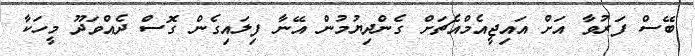
ބޭސް ފަރުވާ އަށް އައިޖީއެމްއެޗަށް ގެންދިޔުމުން އޭނާ ފިލައިގެން ގޮސް ދެއްވަދޫ މީހަކާ